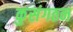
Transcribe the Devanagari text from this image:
कुसंगठन